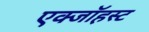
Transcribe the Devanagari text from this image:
एक्जाॅहस्ट